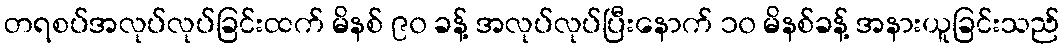
တရစပ်အလုပ်လုပ်ခြင်းထက် မိနစ် ၉၀ ခန့် အလုပ်လုပ်ပြီးနောက် ၁၀ မိနစ်ခန့် အနားယူခြင်းသည်